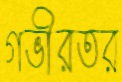
গভীরতর